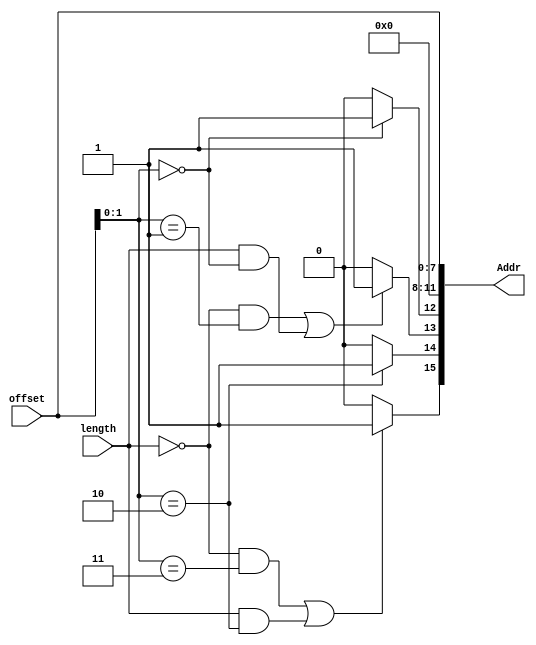
`timescale 1ns / 1ps
//////////////////////////////////////////////////////////////////////////////////
// Company: 
// Engineer: 
// 
// Design Name: 
// Module Name:    RegIO 
// Project Name: 
// Target Devices: 
// Tool versions: 
// Description: 
//
// Dependencies: 
//
// Revision: 
// Revision 0.01 - File Created
// Additional Comments: 
//
//////////////////////////////////////////////////////////////////////////////////
module getAddr(
	input wire[7:0] offset,
	input wire length,//length=0:byte, length=1:word
	output wire[15:0] Addr
	);
	wire[1:0] offsetTail;
	assign offsetTail = offset[1:0];
	assign Addr[12] = (offsetTail==0) ? 1:0;
	assign Addr[13] = ((~length && offsetTail==1) || (length && offsetTail==0)) ? 1:0;
	assign Addr[14] = (offsetTail==2) ? 1:0;
	assign Addr[15] = ((~length && offsetTail==3) || (length && offsetTail==2)) ? 1:0;	
	assign Addr[7:2] = offset[7:2];
	assign Addr[1:0] = offsetTail;//Not necessary
	assign Addr[11:8] = 4'h0;//Not necessary
endmodule

module RegIO(
	input sysclk,
	input reset,
	output reg CMD,
	output reg RDN,
	output reg WRN,
	inout[15:0] SD,
	input WR,
	input[7:0] offset,
	input length,//length=0:byte, length=1:word
	input[15:0] writeData,
	output reg[15:0] readData,
	input NewCommand,//to be continued to not
	input Dummy_Write,
	input Dummy_Read,
	output reg[3:0] state
    );
	
	wire[15:0] Addr;
	
	getAddr newAddr(
		.offset(offset),
		.length(length),
		.Addr(Addr)
	);
	
	localparam [3:0] Addr0 = 4'b0000,
					 Addr1 = 4'b0001,
					 Addr2 = 4'b0010,
					 Read0 = 4'b0011,
					 Read1 = 4'b0100,
					 Read2 = 4'b0101,
					 Write0 = 4'b0110,
					 Write1 = 4'b0111,
					 Write2 = 4'b1000,
					 Wait = 4'b1001,
					 Readmore = 4'b1010,	// added for 1394 clock
					 Writemore = 4'b1011;	// added for 1394 clock
	
	reg [15:0] SDReg;
	
	assign SD = RDN ? SDReg:16'hz;
	

	always @(posedge sysclk or negedge reset) begin
		if(!reset) begin
			state <= Wait;
		end
		else begin
			case(state)
				Addr0:
					begin
						CMD <= 1;
						WRN <= 0;
						SDReg <= Addr;
						state <= Addr1;
					end
				Addr1:
					begin
						state <= Addr2;
					end
				Addr2:
					begin
						WRN <= 1;
						state <= WR ? Write0:Read0;
					end
				Read0:
					begin
						SDReg <= 16'hz;
						CMD <= 0;
						RDN <= 0;
						state <= Read1;
					end
				Read1:
					begin
						state <= Readmore;
//						state <= Read2;
					end
				Readmore:
					begin
						state <= Read2;
					end
				Read2:
					begin
						readData <= SD;
						RDN <= 1;
						if(NewCommand) begin
							if(Dummy_Write)
								state <= Write0;
							else if(Dummy_Read)
								state <= Read0;
							else
								state <= Addr0;
						end
						else
							state <= Wait;
					end
				Write0:
					begin
						SDReg <= writeData;
						CMD <= 0;
						WRN <= 0;
						state <= Write1;
					end
				Write1:
					begin
						state <= Writemore;
//						state <= Write2;
					end
				Writemore:
					begin
						state <= Write2;
					end
				Write2:
					begin
						WRN <= 1;
						if(NewCommand) begin
							if(Dummy_Write)
								state <= Write0;
							else if(Dummy_Read)
								state <= Read0;
							else
								state <= Addr0;
						end
						else
							state <= Wait;
					end
				Wait:
					begin
						if(NewCommand) begin
							if(Dummy_Write)
								state <= Write0;
							else if(Dummy_Read)
								state <= Read0;
							else
								state <= Addr0;
						end
						else
							state <= Wait;
						CMD <= 1;
						RDN <= 1;
						WRN <= 1;
						SDReg <= 16'bz;
					end
			endcase
		end
	end

//	wire[35:0] ILAControl;
//	Ethernet_icon icon(.CONTROL0(ILAControl));
//	Ethernet_ila ila(
//	    .CONTROL(ILAControl),
//		.CLK(sysclk),
//		.TRIG0(CMD),
//		.TRIG1(RDN),
//		.TRIG2(WRN),
//		.TRIG3(reset),
//		.TRIG4(SD),
//		.TRIG5(SDReg),
//		.TRIG6(readData),
//		.TRIG7(WR),
//		.TRIG8(NewCommand),
//		.TRIG9(Addr),
//		.TRIG10(length),
//		.TRIG11(offset),
//		.TRIG12(state),
//		.TRIG13(Dummy_Read),
//		.TRIG14(Dummy_Write)
//	);

endmodule